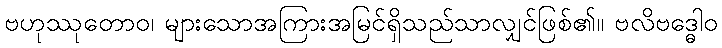
ဗဟုဿုတောဝ၊ များသောအကြားအမြင်ရှိသည်သာလျှင်ဖြစ်၏။ ဗလိဗဒ္ဓေါဝ